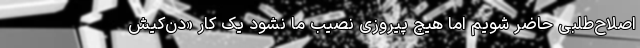
اصلاح‌طلبی حاضر شویم اما هیچ پیروزی‌ نصیب ما نشود یک کار «دُن‌کیش